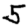
Digit: 5